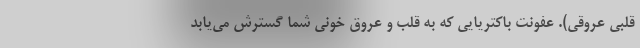
قلبی عروقی). عفونت باکتریایی که به قلب و عروق خونی شما گسترش می‌یابد